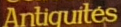
Antiquites